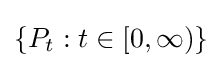
\{P_{t}:t\in [0,\infty )\}